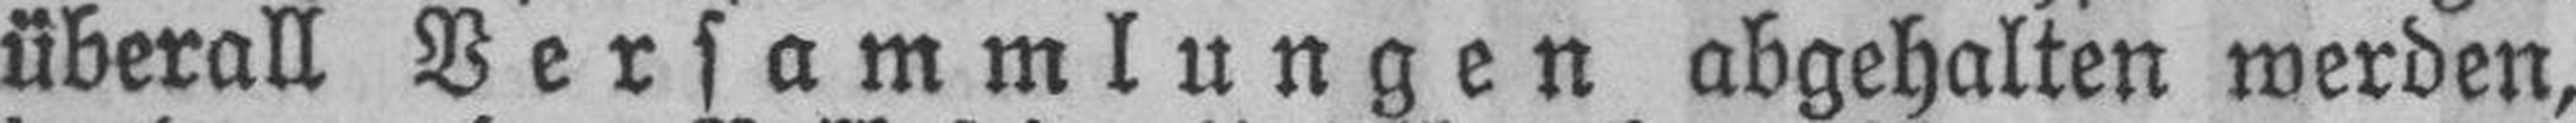
überall Versammlungen abgehalten werden,